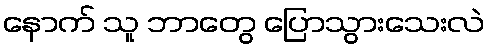
နောက် သူ ဘာတွေ ပြောသွားသေးလဲ